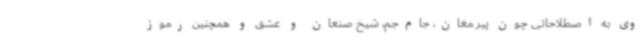
وی به اصطلاحاتی چون پیر مغان، جام‌جم، شیخ صنعان و عشق و همچنین رموز